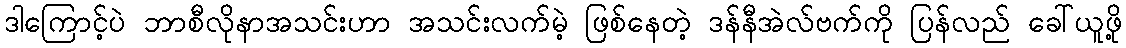
ဒါကြောင့်ပဲ ဘာစီလိုနာအသင်းဟာ အသင်းလက်မဲ့ ဖြစ်နေတဲ့ ဒန်နီအဲလ်ဗက်ကို ပြန်လည် ခေါ်ယူဖို့